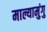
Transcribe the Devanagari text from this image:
माल्यामुंगु